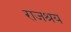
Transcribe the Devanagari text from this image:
राजश्रय